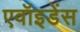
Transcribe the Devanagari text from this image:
एवॉइडेंस